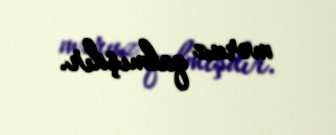
məruz qalmışdır.